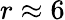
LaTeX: r\approx 6